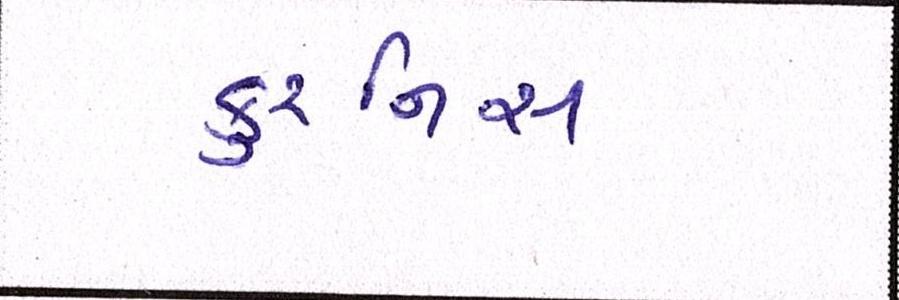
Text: કુરનિસ